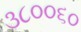
૩૮૦૦૬૦